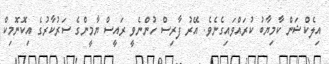
އިލެކްޝަން ކާމިޔާބު ކުރައްވައިގެނެވެ. އޭރު ފާރިސް ހުންނެވީ ރައީސް ޔާމީންގެ ސަރުކާރުގެ އިކޮނޮމިކް